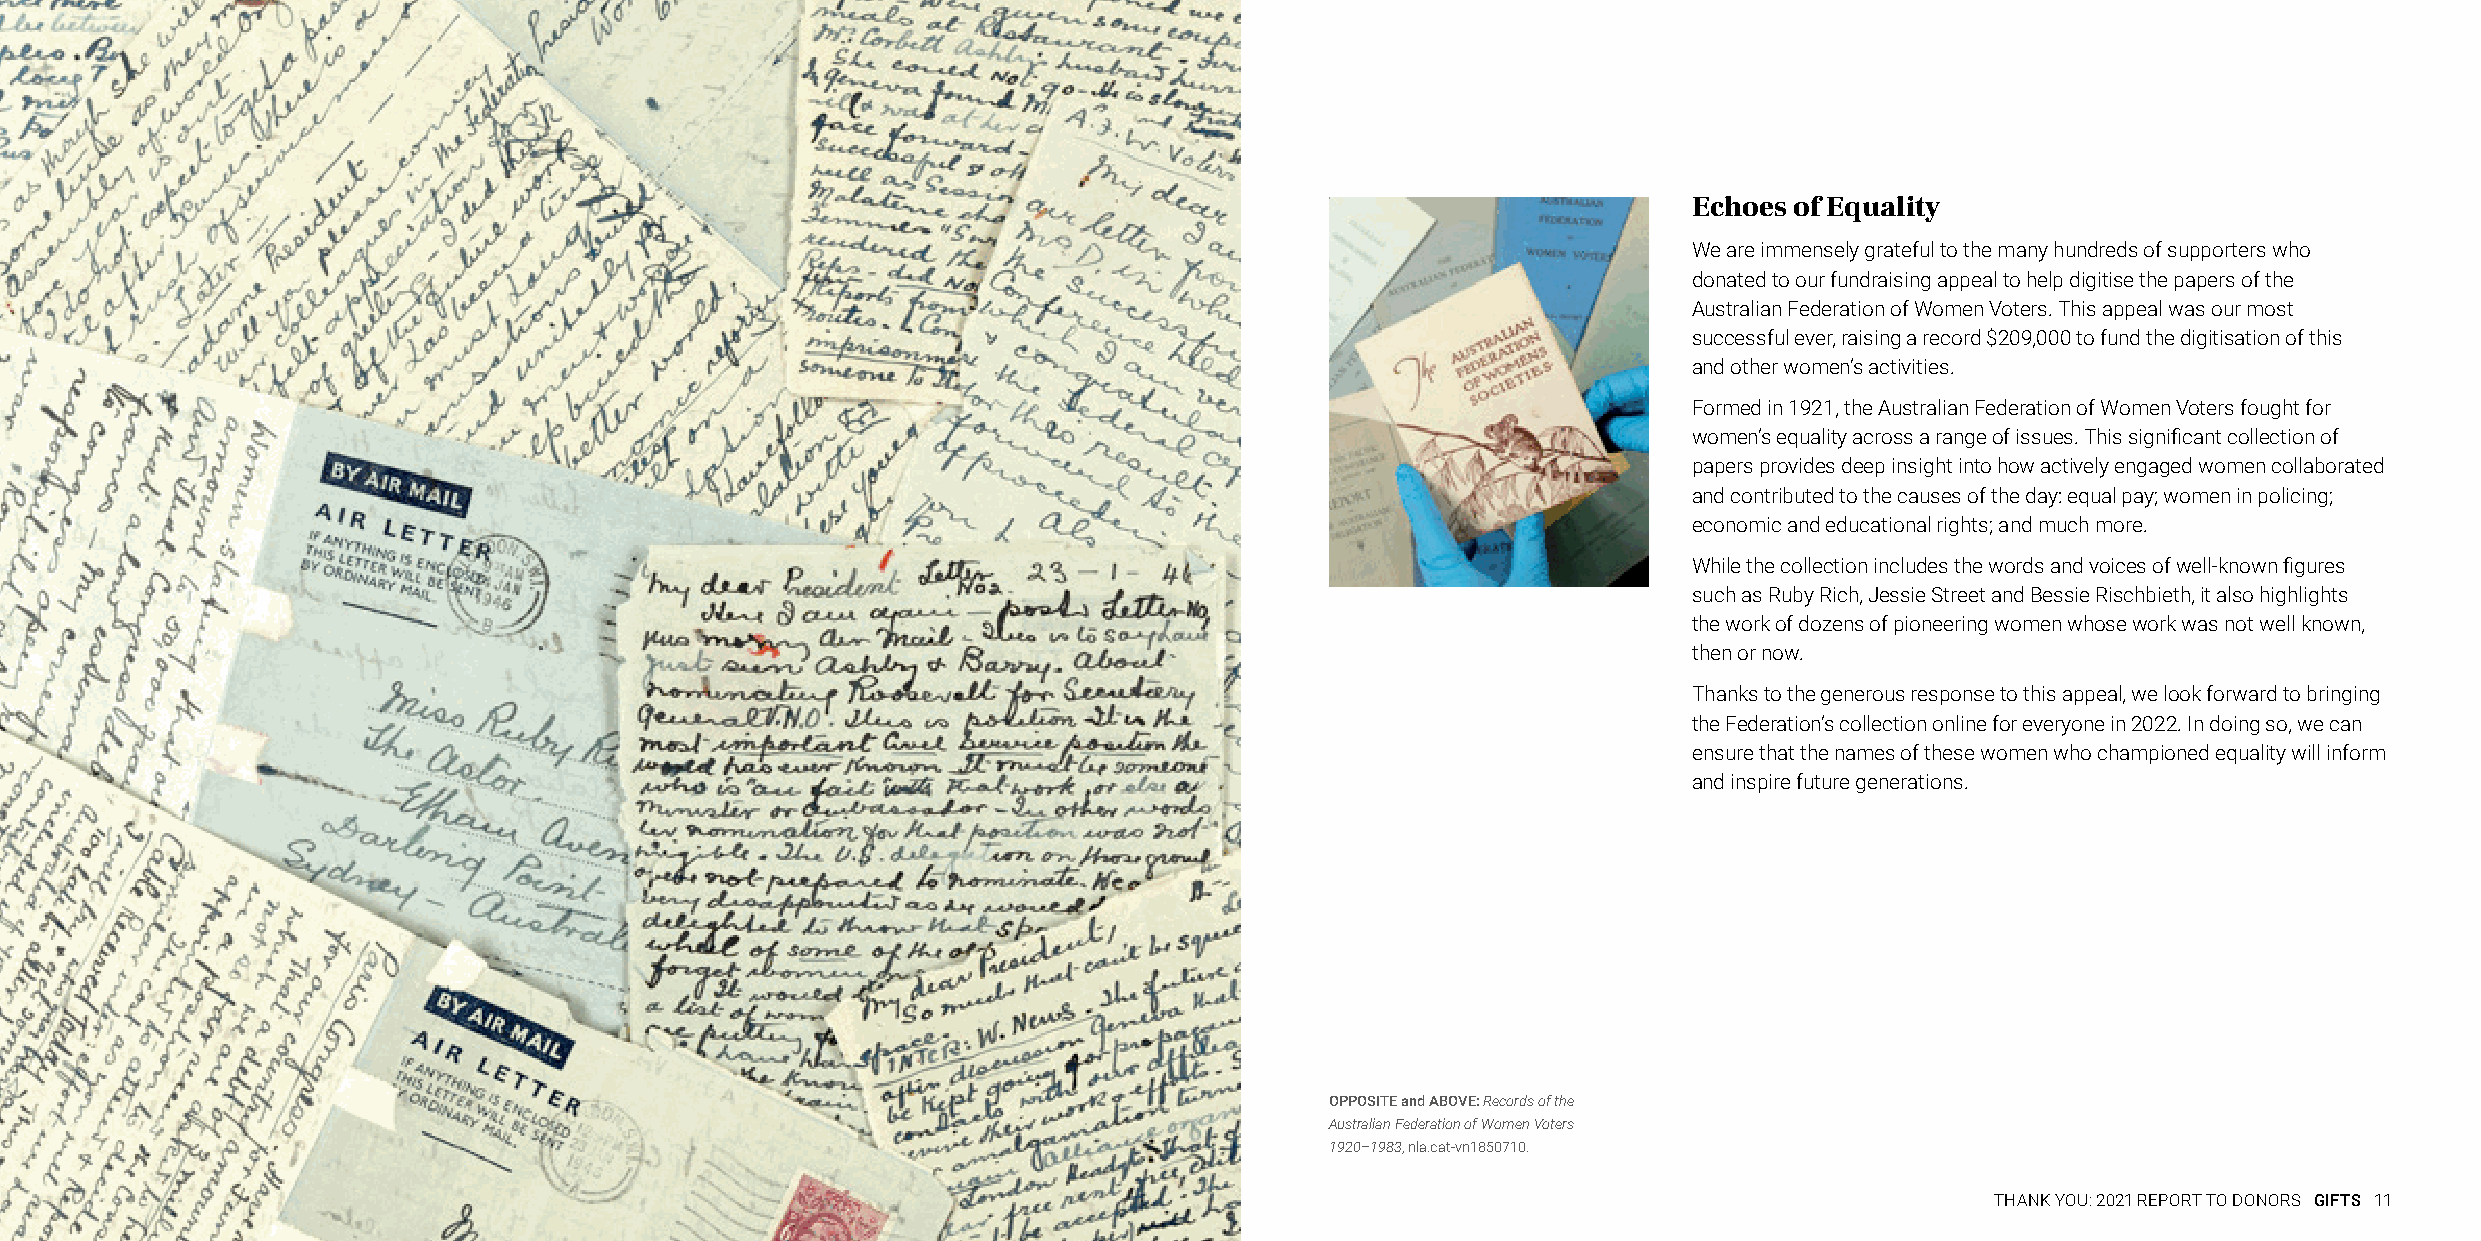
Echoes of Equality
 We are immensely grateful to the many hundreds of supporters who
 donated to our fundraising appeal to help digitise the papers of the
 Australian Federation of Women Voters. This appeal was our most
 successful ever, raising a record $209,000 to fund the digitisation of this
 and other women’s activities.
 Formed in 1921, the Australian Federation of Women Voters fought for
 women’s equality across a range of issues. This significant collection of
 papers provides deep insight into how actively engaged women collaborated
 and contributed to the causes of the day: equal pay; women in policing;
 economic and educational rights; and much more.
 While the collection includes the words and voices of well-known figures
 such as Ruby Rich, Jessie Street and Bessie Rischbieth, it also highlights
 the work of dozens of pioneering women whose work was not well known,
 then or now.
 Thanks to the generous response to this appeal, we look forward to bringing
 the Federation’s collection online for everyone in 2022. In doing so, we can
 ensure that the names of these women who championed equality will inform
 and inspire future generations.
 OPPOSITE and ABOVE: Records of the
 Australian Federation of Women Voters
 1920–1983, nla.cat-vn1850710.
 THANK YOU: 2021 REPORT TO DONORS GIFTS 11